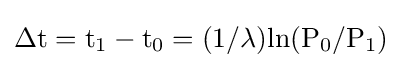
{\rm {\Delta t=t_{1}-t_{0}=(1/\lambda )ln(P_{0}/P_{1})}}